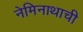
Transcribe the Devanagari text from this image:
नेमिनाथाची